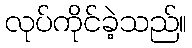
လုပ်ကိုင်ခဲ့သည်။